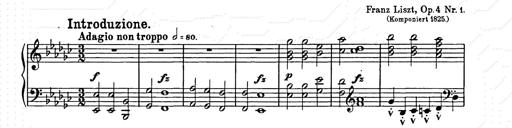
Title: Allegro di bravura
Composer: Carl Maria von Weber
Key: D major